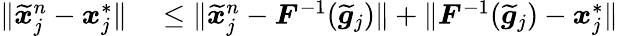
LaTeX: \begin{array}{rl}{\| \widetilde{\boldsymbol{x}}_{j}^{n}-\boldsymbol{x}_{j}^{*}\| }&{{}\le\| \widetilde{\boldsymbol{x}}_{j}^{n}-\boldsymbol{F}^{-1}(\widetilde{\boldsymbol{g}}_{j})\| +\| \boldsymbol{F}^{-1}(\widetilde{\boldsymbol{g}}_{j})-\boldsymbol{x}_{j}^{*}\| }\end{array}